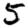
Digit: 5